Calcutta medical institutions reports 1871-78
Year: 1871
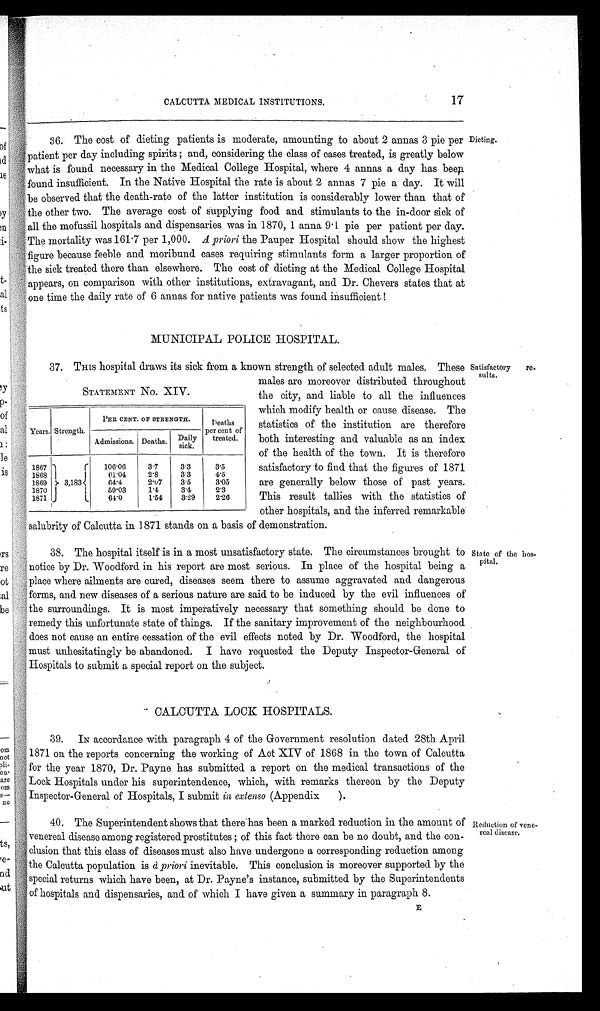
STATEMENT No. XIV.
Years. Strength.
PER CENT. OF STRENGTH.
Deaths
per cent of
treated.
Admissions. Deaths. Daily
sick.
1867
106.06
3.7
3.3
3.5
1868
6 1 . 0 4
2.8
3.3
4.5
1869
3,183
64.4
2.07
3.5
3.05
1870
59.03
1.4
3.4
2.3
1871
64.0
1.54
3.29
2.26
Dieting.
Satisfactory
re-sults.
CALCUTTA MEDICAL INSTITUTIONS.
17
36. The cost of dieting patients is moderate, amounting to about 2 annas 3 pie per
patient per day including spirits; and, considering the class of eases treated, is greatly below
what is found necessary in the Medical College Hospital, where 4 annas a day has been
found insufficient. In the Native Hospital the rate is about 2 annas 7 pie a day. It will
be observed that the death-rate of the latter institution is considerably lower than that of
the other two. The average cost of supplying food and stimulants to the in-door sick of
all the mofussil hospitals and dispensaries was in 1870, 1 anna 9.1 pie per patient per day.
The mortality was 161.7 per 1,000. A priori the Pauper Hospital should show the highest
figure because feeble and moribund cases requiring stimulants form a larger proportion of
the sick treated there than elsewhere. The cost of dieting at the Medical College Hospital
appears, on comparison with other institutions, extravagant, and Dr. Chevers states that at
one time the daily rate of 6 annas for native patients was found insufficient!
MUNICIPAL POLICE HOSPITAL.
37. THIS hospital draws its sick from a known strength of selected adult males. These
males are moreover distributed throughout
the city, and liable to all the influences
which modify health or cause disease. The
statistics of the institution are therefore
both interesting and valuable as an index
of the health of the town. It is therefore
satisfactory to find that the figures of 1871
are generally below those of past years.
This result tallies with the statistics of
other hospitals, and the inferred remarkable
salubrity of Calcutta in 1871 stands on a basis of demonstration.
38. The hospital itself is in a most unsatisfactory state. The circumstances brought to
notice by Dr. Woodford in his report are most serious. In place of the hospital being a
place where ailments are cured, diseases seem there to assume aggravated and dangerous
forms, and new diseases of a serious nature are said to be induced by the evil influences of
the surroundings. It is most imperatively necessary that something should be done to
remedy this unfortunate state of things. If the sanitary improvement of the neighbourhood
does not cause an entire cessation of the evil effects noted by Dr. Woodford, the hospital
must unhesitatingly be abandoned. I have requested the Deputy Inspector-General of
Hospitals to submit a special report on the subject.
State of the hos
-pital.
CALCUTTA LOCK HOSPITALS.
39. IN accordance with paragraph 4 of the Government resolution dated 28th April
1871 on the reports concerning the working of Act XIV of 1868 in the town of Calcutta
for the year 1870, Dr. Payne has submitted a report on the medical transactions of the
Lock Hospitals under his superintendence, which, with remarks thereon by the Deputy
Inspector-General of Hospitals, I submit in extenso (Appendix).
1. The Superintendent shows that there has been a marked reduction in the amount of
venereal disease among registered prostitutes; of this fact there can be no doubt, and the
con-clusion that this class of diseases must also have undergone a corresponding reduction among
the Calcutta population is a priori inevitable. This conclusion is moreover supported by the
special returns which have been, at Dr. Payne's instance, submitted by the Superintendents
of hospitals and dispensaries, and of which I have given a summary in paragraph 8.
Reduction of vene-
real disease.